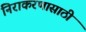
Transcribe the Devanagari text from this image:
निराकरणासाठी